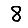
Digit: 8